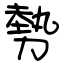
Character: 勢